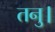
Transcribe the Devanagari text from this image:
तनु।